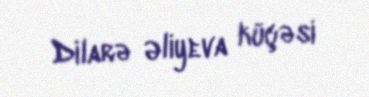
Dilarə Əliyeva küçəsi